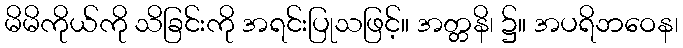
မိမိကိုယ်ကို သိခြင်းကို အရင်းပြုသဖြင့်။ အတ္တနိ၊ ၌။ အပရိဘဝေန၊